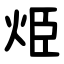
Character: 烥